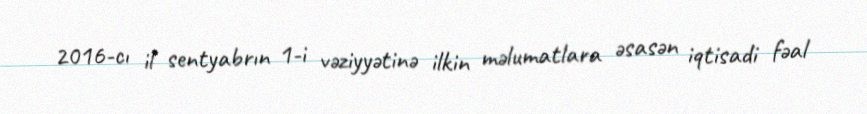
2016-cı il sentyabrın 1-i vəziyyətinə ilkin məlumatlara əsasən iqtisadi fəal